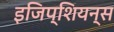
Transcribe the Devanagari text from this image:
इजिप्शियन्स